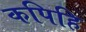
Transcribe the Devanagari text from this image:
कपिहि